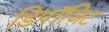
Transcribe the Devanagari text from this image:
डिपॉज़िट